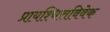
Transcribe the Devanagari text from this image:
प्रायश्चित्तविवेक